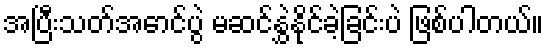
အပြီးသတ်အောင်ပွဲ မဆင်နွှဲနိုင်ခဲ့ခြင်းပဲ ဖြစ်ပါတယ်။